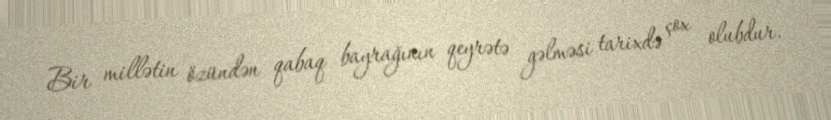
Bir millətin özündən qabaq bayrağının qeyrətə gəlməsi tarixdə çox olubdur.